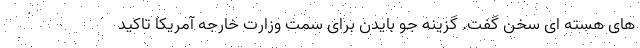
های هسته ای سخن گفت. گزینه جو بایدن برای سمت وزارت خارجه آمریکا تاکید